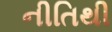
નીતિથી